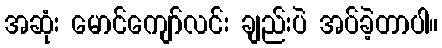
အဆုံး မောင်ကျော်လင်း ချည်းပဲ အပ်ခဲ့တာပါ။